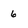
Character: 6